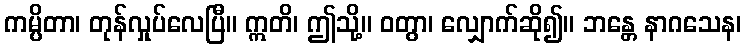
ကမ္ပိတာ၊ တုန်လှုပ်လေပြီ။ ဣတိ၊ ဤသို့။ ဝတွာ၊ လျှောက်ဆို၍။ ဘန္တေ နာဂသေန၊